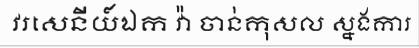
វរសេនីយ៍ឯក វ៉ា ចាន់កុសល ស្នងការ